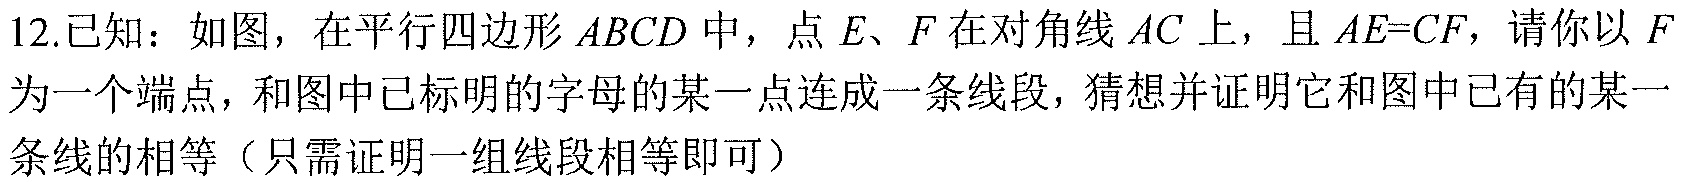
12.已知：如图，在平行四边形 \(ABCD\) 中，点 \(E、F\) 在对角线 \(AC\) 上，且 \(AE = CF\)，请你以 \(F\) 为一个端点，和图中已标明的字母的某一点连成一条线段，猜想并证明它和图中已有的某一条线的相等（只需证明一组线段相等即可）